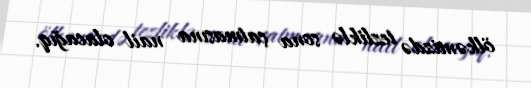
ölkəmizdə tezliklə sona çatmasına nail olacağıq.